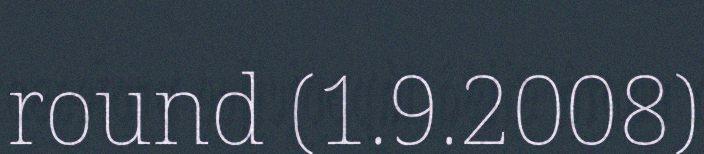
round (1.9.2008)